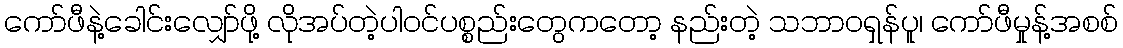
ကော်ဖီနဲ့ခေါင်းလျှော်ဖို့ လိုအပ်တဲ့ပါဝင်ပစ္စည်းတွေကတော့ နည်းတဲ့ သဘာဝရှန်ပူ၊ ကော်ဖီမှုန့်အစစ်